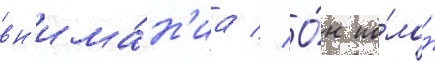
вн'има́н'иа // О́н по́лон